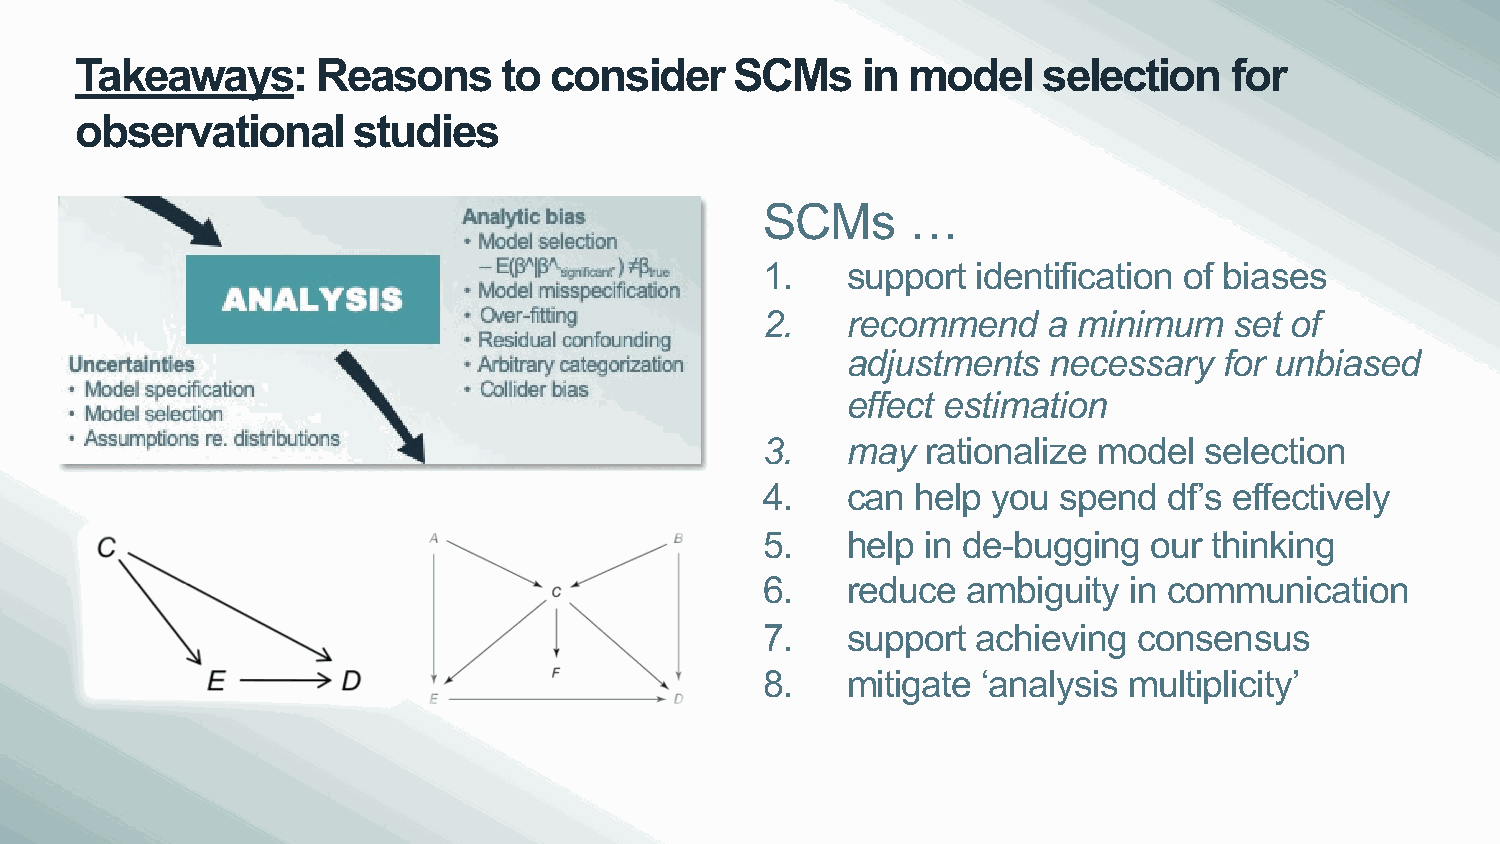
Takeaways:      Reasons     to consider     SCMs    in model    selection   for
 observational     studies
 SCMs      …
 1.    support  identification of biases
 2.    recommend    a minimum    set of
 adjustments   necessary  for unbiased
 effect estimation
 3.    may  rationalize model  selection
 4.    can  help you spend  df’s effectively
 5.    help in de-bugging  our thinking
 6.    reduce  ambiguity  in communication
 7.    support  achieving consensus
 8.    mitigate ‘analysis multiplicity’